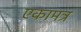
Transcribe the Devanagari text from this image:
एकामत्र